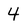
Character: 4